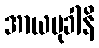
အာယမုခါနိ